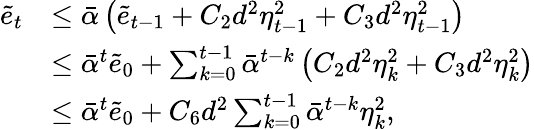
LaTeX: \begin{array}{rl}{\tilde{e}_{t}}&{\leq\bar{\alpha}\left(\tilde{e}_{t-1}+C_{2}d^{2}\eta_{t-1}^{2}+C_{3}d^{2}{\eta_{t-1}^{2}}\right)}\\ &{\leq\bar{\alpha}^{t}\tilde{e}_{0}+\sum_{k=0}^{t-1}\bar{\alpha}^{t-k}\left(C_{2}d^{2}\eta_{k}^{2}+C_{3}d^{2}{\eta_{k}^{2}}\right)}\\ &{\leq\bar{\alpha}^{t}\tilde{e}_{0}+C_{6}d^{2}\sum_{k=0}^{t-1}\bar{\alpha}^{t-k}\eta_{k}^{2},}\end{array}